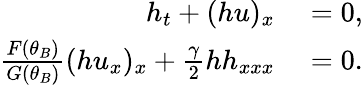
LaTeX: \begin{array}{rl}{h_{t}+(hu)_{x}}&{{}=0,}\\ {\frac{F(\theta_{B})}{G(\theta_{B})}(hu_{x})_{x}+\frac{\gamma}{2}hh_{xxx}}&{{}=0.}\end{array}